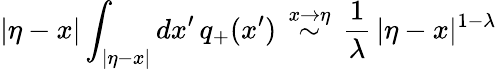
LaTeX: |\eta-x|\int_{|\eta-x|}dx^{\prime}\, q_{+}(x^{\prime})\, \stackrel{x\to\eta}\sim\, \frac{1}{\lambda}\, |\eta-x|^{1-\lambda}